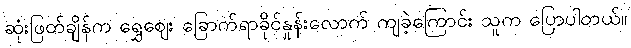
ဆုံးဖြတ်ချိန်က ရွှေဈေး ခြောက်ရာခိုင်နှုန်းလောက် ကျခဲ့ကြောင်း သူက ပြောပါတယ်။